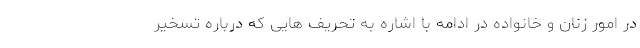
در امور زنان و خانواده در ادامه با اشاره به تحریف هایی که درباره تسخیر